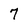
Character: 7